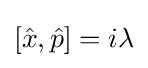
[{\hat {x}},{\hat {p}}]=i\lambda